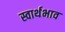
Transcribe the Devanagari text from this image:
स्वार्थभाव